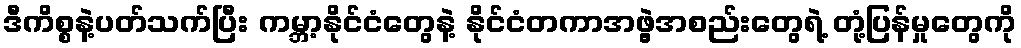
ဒီကိစ္စနဲ့ပတ်သက်ပြီး ကမ္ဘာ့နိုင်ငံတွေနဲ့ နိုင်ငံတကာအဖွဲ့အစည်းတွေရဲ့ တုံ့ပြန်မှုတွေကို